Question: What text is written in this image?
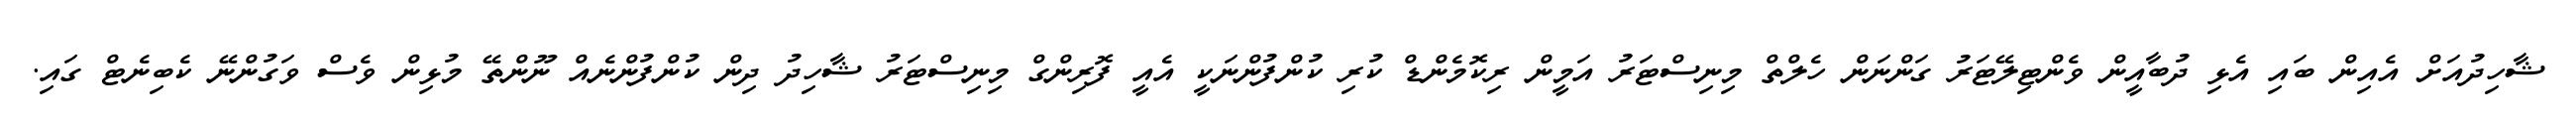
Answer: ޝާހިދުއަށް އެއިން ބައި އެޅި ދުބާއީން ވެންޓިލޭޓަރު ގަންނަން ހެލްތް މިނިސްޓަރު އަމީން ރިކޮމެންޑް ކުރި ކުންފުންނަކީ އެއީ ފޮރިންގް މިނިސްޓަރު ޝާހިދު ދިން ކުންފުންނެއް ނޫންތޭ މުޅިން ވެސް ވަގުންނޭ ކެބިނެޓް ގައި.